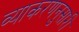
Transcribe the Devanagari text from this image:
व्याकरणनुसारी